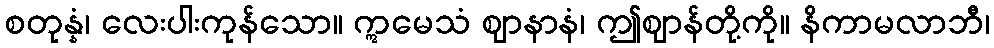
စတုန္နံ၊ လေးပါးကုန်သော။ ဣမေသံ ဈာနာနံ၊ ဤဈာန်တို့ကို။ နိကာမလာဘီ၊